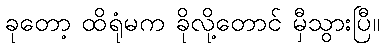
ခုတော့ ထိရုံမက ခိုလို့တောင် မှီသွားပြီ။